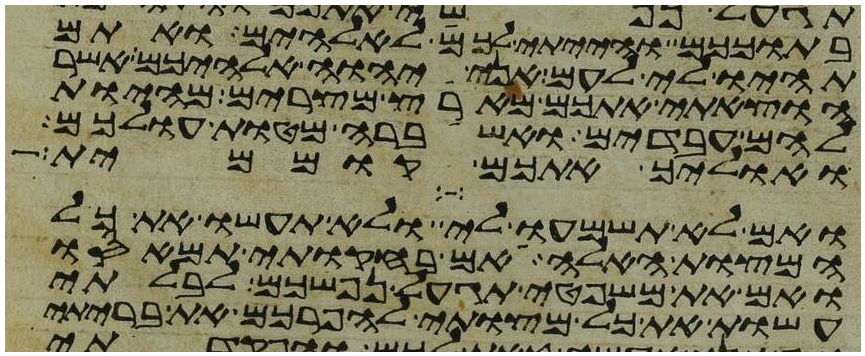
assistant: בתוככם והייתי לכם לאלהים ואתם
תהיו לי לעם אני יהוה אלהיכם אשר
הוצאתי אתכם מארץ מצרים מהיות
להם עבדים ואשברה מטות עולכם
ואוליך אתכם קוממית
ואם לא תשמעו לי ולא תעשו את כל
המצות האלה אם בחקותי תמאסו
ואם את משפטי תגעל נפשכם לבלתי
עשות את כל מצותי להפרכם את בריתי